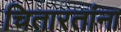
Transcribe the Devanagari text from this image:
चितारतांना